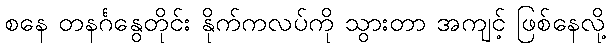
စနေ တနင်္ဂနွေတိုင်း နိုက်ကလပ်ကို သွားတာ အကျင့် ဖြစ်နေလို့